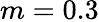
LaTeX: m=0.3